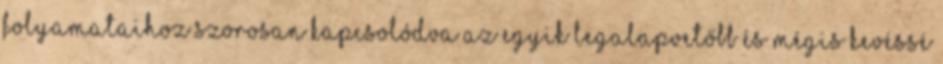
folyamataihoz szorosan kapcsolódva az egyik legalapvetőbb és mégis kevéssé